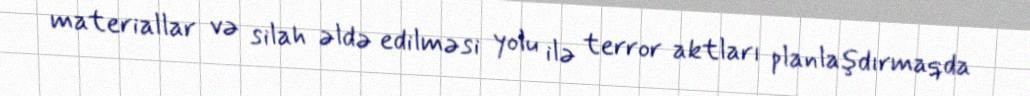
materiallar və silah əldə edilməsi yolu ilə terror aktları planlaşdırmaqda